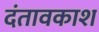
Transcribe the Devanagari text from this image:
दंतावकाश